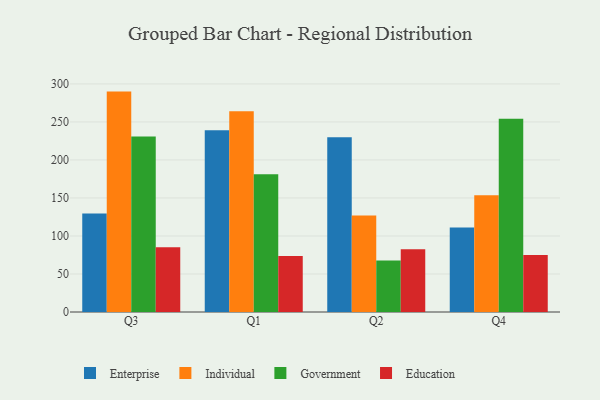
{"axis": {"x": "Quarter", "y": "Market Share (%)"}, "legend": ["Education", "Enterprise", "Government", "Individual"], "data": [{"x": "Q3", "y": 129.5, "type": "Enterprise"}, {"x": "Q3", "y": 289.9, "type": "Individual"}, {"x": "Q3", "y": 231.0, "type": "Government"}, {"x": "Q3", "y": 85.3, "type": "Education"}, {"x": "Q1", "y": 239.2, "type": "Enterprise"}, {"x": "Q1", "y": 263.9, "type": "Individual"}, {"x": "Q1", "y": 181.2, "type": "Government"}, {"x": "Q1", "y": 73.7, "type": "Education"}, {"x": "Q2", "y": 229.9, "type": "Enterprise"}, {"x": "Q2", "y": 126.9, "type": "Individual"}, {"x": "Q2", "y": 67.8, "type": "Government"}, {"x": "Q2", "y": 82.4, "type": "Education"}, {"x": "Q4", "y": 111.1, "type": "Enterprise"}, {"x": "Q4", "y": 153.7, "type": "Individual"}, {"x": "Q4", "y": 254.3, "type": "Government"}, {"x": "Q4", "y": 75.1, "type": "Education"}]}